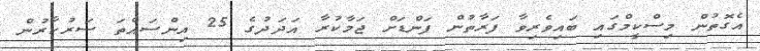
އެގޮތުން މިސްކީމްގައި ބައިވެރިވާ ފަރާތުން ފަންޑަށް ޖަމާކުރާ އަދަދުގެ 25 އިންސައްތަ ސަރުކާރުން